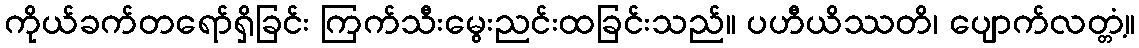
ကိုယ်ခက်တရော်ရှိခြင်း ကြက်သီးမွေးညင်းထခြင်းသည်။ ပဟီယိဿတိ၊ ပျောက်လတ္တံ့။